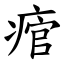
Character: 痯